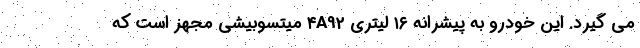
می گیرد. این خودرو به پیشرانه ۱۶ لیتری ۴A92 میتسوبیشی مجهز است که